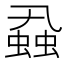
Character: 蝨